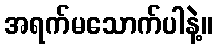
အရက်မသောက်ပါနဲ့။